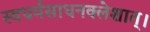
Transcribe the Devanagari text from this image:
स्वधर्मसाधनक्लेशात्‌।